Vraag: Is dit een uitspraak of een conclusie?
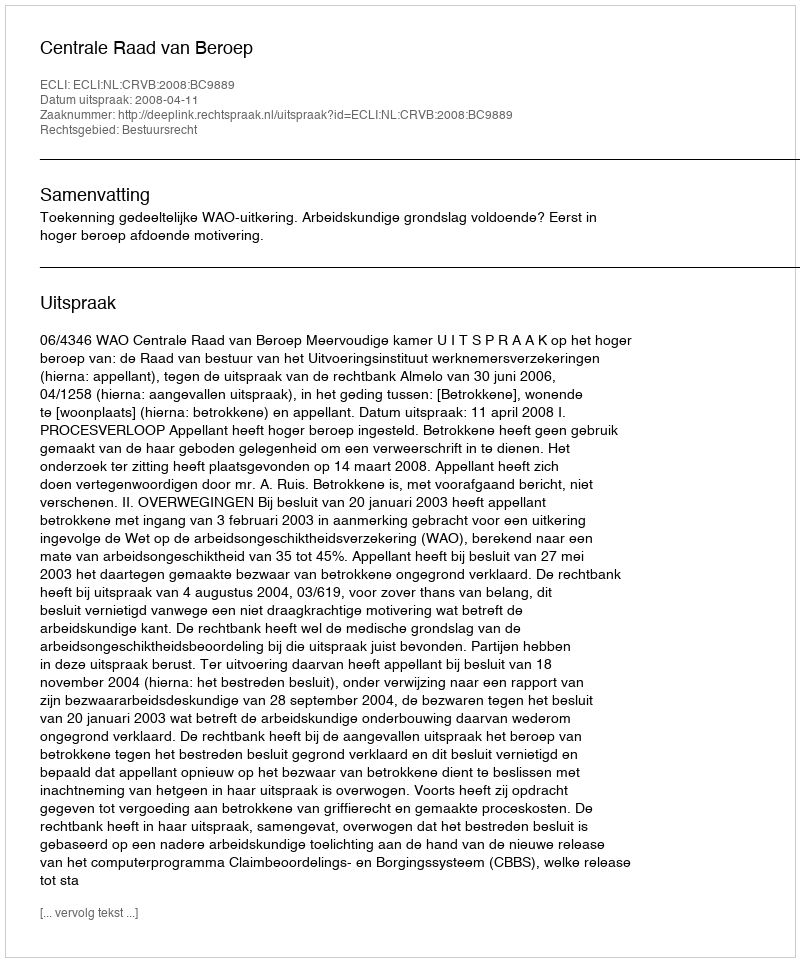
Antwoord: Uitspraak